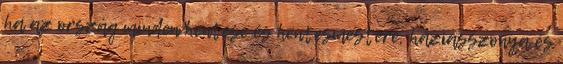
ha az ország minden hentese és hentesmestere, háziasszonya és